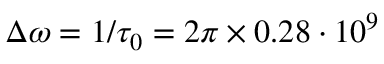
\Delta \omega = 1 / \tau _ { 0 } = 2 \pi \times 0 . 2 8 \cdot 1 0 ^ { 9 }